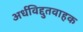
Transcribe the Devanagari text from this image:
अर्धविद्दुतवाहक